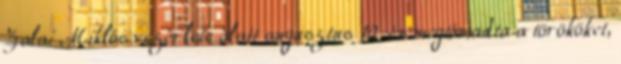
Zalai Miklós vezérlete alatt augusztus 10-én megtámadta a törököket,